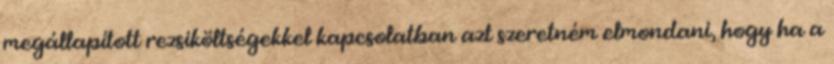
megállapított rezsiköltségekkel kapcsolatban azt szeretném elmondani, hogy ha a